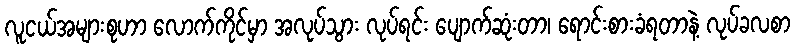
လူငယ်အများစုဟာ လောက်ကိုင်မှာ အလုပ်သွား လုပ်ရင်း ပျောက်ဆုံးတာ၊ ရောင်းစားခံရတာနဲ့ လုပ်ခလစာ